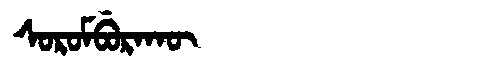
Manchu: ᠰᠣᡵᠣᠮᠪᡠᡵᠠᡴᡡ
Romanization: SOROMBURAKŪ